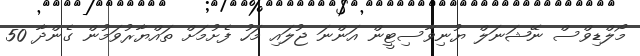
މޯލްޑިވްސް ނޭޝަނަލް ޔުނިވާސިޓީން އަންނަ ޖުލައި މަހު ފެށުމަށް ތައްޔާރުވަމުން ގެންދާ 50